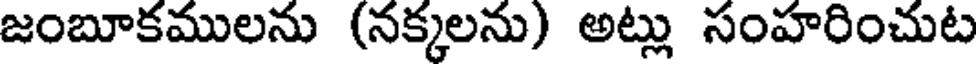
జంబూకములను (నక్కలను) అట్లు సంహరించుట